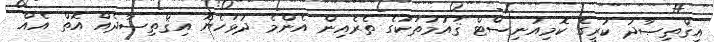
އިޤްތިޞާދު ކުރީގެ ކޮމިއުނިސްޓް ޤައުމުތަކުގެ ތެރެއިން އެންމެ ދުޅަހެޔޮ އިޤްތިޞާދެއް އޮތް އެއް